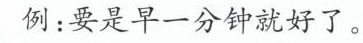
例：要是早一分钟就好了。